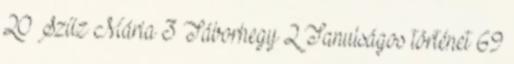
20 Szűz Mária 3 Táborhegy 2 Tanulságos történet 69